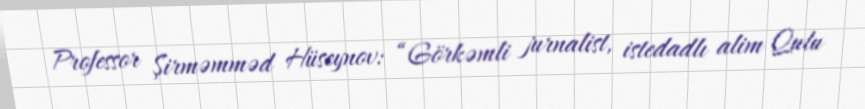
Professor Şirməmməd Hüseynov: “Görkəmli jurnalist, istedadlı alim Qulu